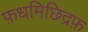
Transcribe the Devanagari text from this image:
फ़धमिछिद्रफ़